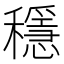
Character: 穩